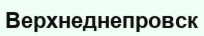
Верхнеднепровск